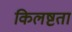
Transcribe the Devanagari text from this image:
किलष्टता